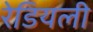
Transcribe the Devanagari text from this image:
रेडियली